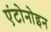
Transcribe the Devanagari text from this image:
एंटोनोइन